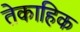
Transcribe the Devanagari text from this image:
तेकाहिक